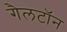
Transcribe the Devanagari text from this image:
गैलटॉन